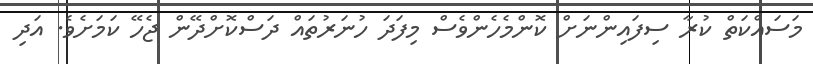
މަސައްކަތް ކުރާ ސިފައިންނަށް ކޮންމެހެންވެސް މިފަދަ ހުނަރުތައް ދަސްކޮށްދޭން ޖެހޭ ކަމަށެވެ. އަދި